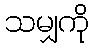
သမျှကို